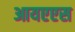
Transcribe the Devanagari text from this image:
आयएएस